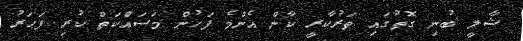
ޝާލީ ބުނި ގޮތުގައި ތަރުކާރީ ކާން އެންމެ ފަހުން މަސައްކަތް ކުރި ފަހަރު